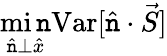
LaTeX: \operatorname*{mi\mathtt{n}}_{\hat{{\mathtt{n}}}\bot\hat{{x}}}{\mathrm{{Var}}[\hat{{\mathtt{n}}}\cdot\vec{{S}}]}